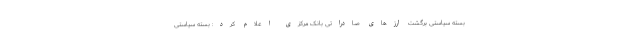
بسته سیاستی برگشت ارزهای صادراتی بانک مرکزی اعلام کرد:‌ بسته سیاستی